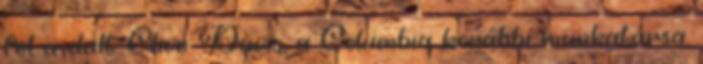
fel a dalt. Clive Davis, a Columbia korábbi munkatársa,